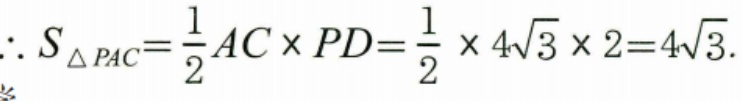
\(\therefore S_{\triangle PAC}=\frac{1}{2}AC\times PD=\frac{1}{2}\times 4\sqrt{3}\times 2 = 4\sqrt{3}\).